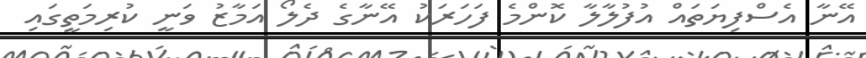
އޭނާ އެސްފިޔަތައް އުފުލާލާ ކޮންމެ ފަހަރަކު އޭނާގެ ދެލޯ އަމާޒު ވަނީ ކުރިމަތީގައި